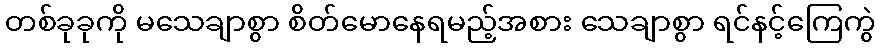
တစ်ခုခုကို မသေချာစွာ စိတ်မောနေရမည့်အစား သေချာစွာ ရင်နင့်ကြေကွဲ